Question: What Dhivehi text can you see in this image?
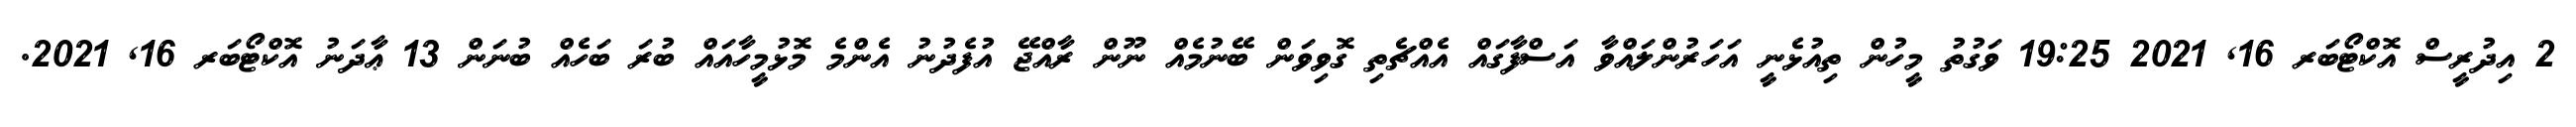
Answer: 2 އިދުރީސް އޮކްޓޯބަރ 16, 2021 19:25 ވަގުތު މީހުން ތިއުޅެނީ އަހަރުންލައްވާ އަސްފާގައް އެއްޗެތި ގޮވިވަން ބޭނުމެއް ނޫން ރާއްޖޭ އުފެދުނު އެންމެ މޮޅުމީހާއައް ބުރަ ބަހެއް ބުނަން 13 ޢާދަނު އޮކްޓޯބަރ 16, 2021.